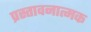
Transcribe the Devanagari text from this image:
प्रस्तावनात्मक